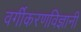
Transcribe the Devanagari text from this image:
वर्गीकरणविज्ञानी